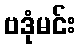
ဗဒုံမင်း